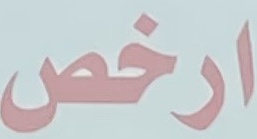
ارخص